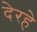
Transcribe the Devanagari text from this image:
देरहे